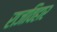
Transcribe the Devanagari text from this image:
राजविहार